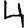
Digit: 4